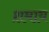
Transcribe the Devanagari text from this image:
श़माय